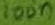
Text: 100n